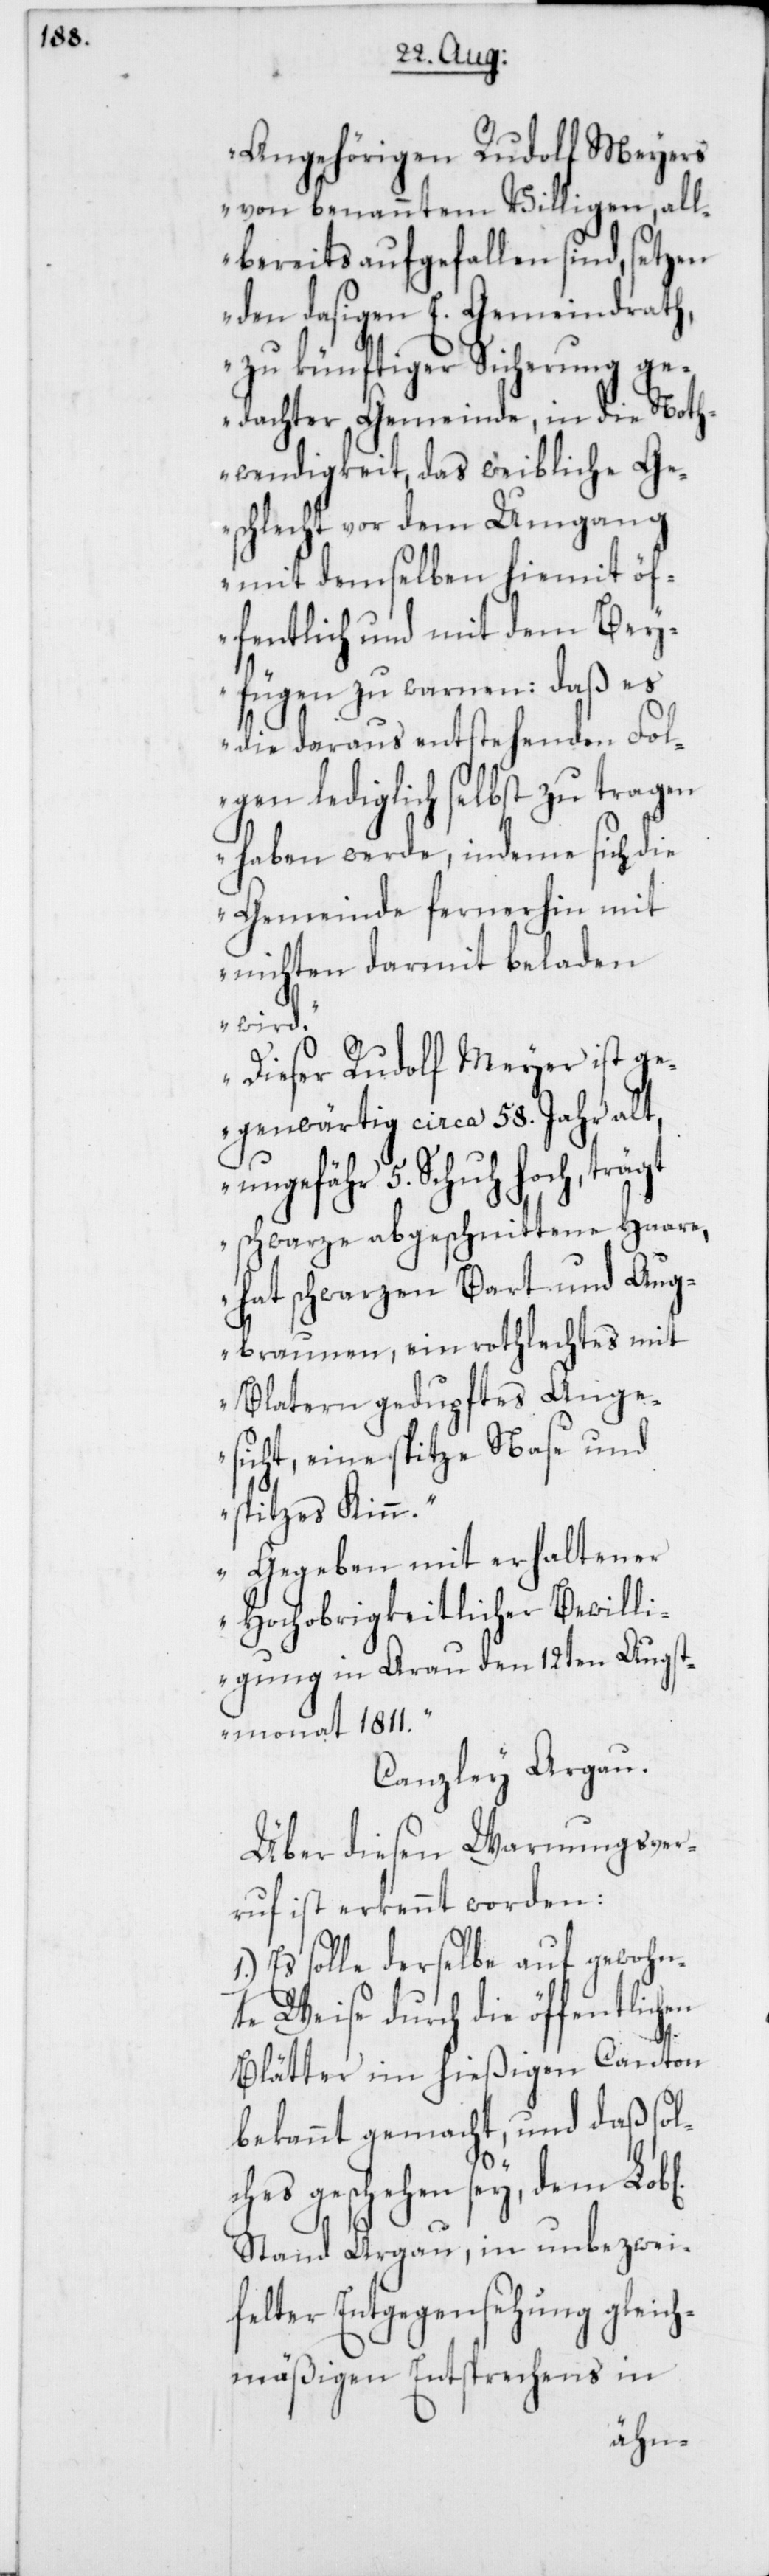
Angehörigen Rudolf Meyers
von benanntem Villigen, all¬
bereits aufgefallen sind, setzen
den dasigen E. Gemeindrath
zu künftiger Sicherung ge¬
dachter Gemeinde, in die Noth¬
wendigkeit, das weibliche Ge¬
schlecht vor dem Umgang
mit demselben hiemit öf¬
fentlich und mit dem Bey¬
fügen zu warnen: daß es
die daraus entstehenden Fol¬
gen lediglich selbst zu tragen
haben werde, indeme sich die
Gemeinde fernerhin mit
nichten darmit beladen
wird.
Dieser Rudolf Meyer ist ge¬
genwärtig circa 58. Jahr alt,
ungefähr 5. Schuh hoch,
schwarze abgeschnittene Haare,
hat schwarzen Bart und Aug¬
braunen, ein rothlechtes mit
Blatern gedupftes Ange¬
sicht, eine spitze Nase und
spitzes Kinn.
Gegeben mit erhaltener
Hochobrigkeitlicher Bewilli¬
gung in Arau den 12ten Augst¬
monat 1811.“
au.
Canzley Arg¬
Über diesen Warnungsver¬
ruf ist erkennt worden:
1.) Es solle derselbe auf gewohn¬
te Weise durch die öffentlichen
Blätter im hießigen Canton
bekannt gemacht, und daß sol¬
ches geschehen sey, dem Lob[l¬
Stand Argau, in unbezwei¬
felter Entgegensehung gleich¬
mäßigen Entsprechens in
ichen]